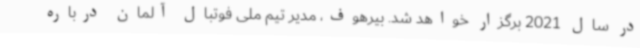
در سال 2021 برگزار خواهد شد. بیرهوف، مدیر تیم ملی فوتبال آلمان درباره